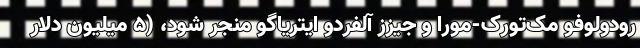
رودولوفو مک‌تورک-مورا و جیزز آلفردو ایتریاگو منجر شود، (۵ میلیون دلار